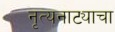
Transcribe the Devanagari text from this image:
नृत्यनाट्याचा